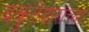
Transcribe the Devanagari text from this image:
बकुतेदारांच्या